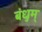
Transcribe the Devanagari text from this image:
बंधुम्